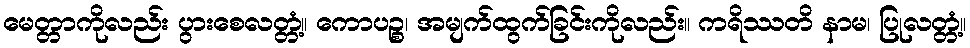
မေတ္တာကိုလည်း ပွားစေလတ္တံ့။ ကောပဉ္စ၊ အမျက်ထွက်ခြင်းကိုလည်း။ ကရိဿတိ နာမ၊ ပြုလတ္တံ့။